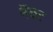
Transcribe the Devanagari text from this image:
नॅक्ट